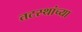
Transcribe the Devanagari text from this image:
तटस्थांच्या